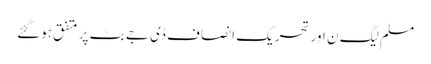
مسلم لیگ ن اور تحریک انصاف ڈی جے بٹ پر متفق ہوگئے